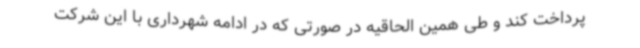
پرداخت کند و طی همین الحاقیه در صورتی که در ادامه شهرداری با این شرکت